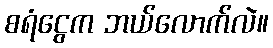
စရံငွေက ဘယ်လောက်လဲ။